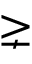
\gneq